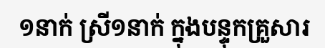
១នាក់ ស្រី១នាក់ ក្នុងបន្ទុកគ្រួសារ